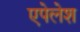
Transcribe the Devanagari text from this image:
एपेलेश